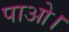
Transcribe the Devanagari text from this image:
पाओ।